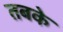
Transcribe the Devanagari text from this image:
तबके़